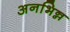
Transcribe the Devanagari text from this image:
अनभिन्न